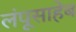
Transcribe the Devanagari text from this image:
लंपूसाहेब